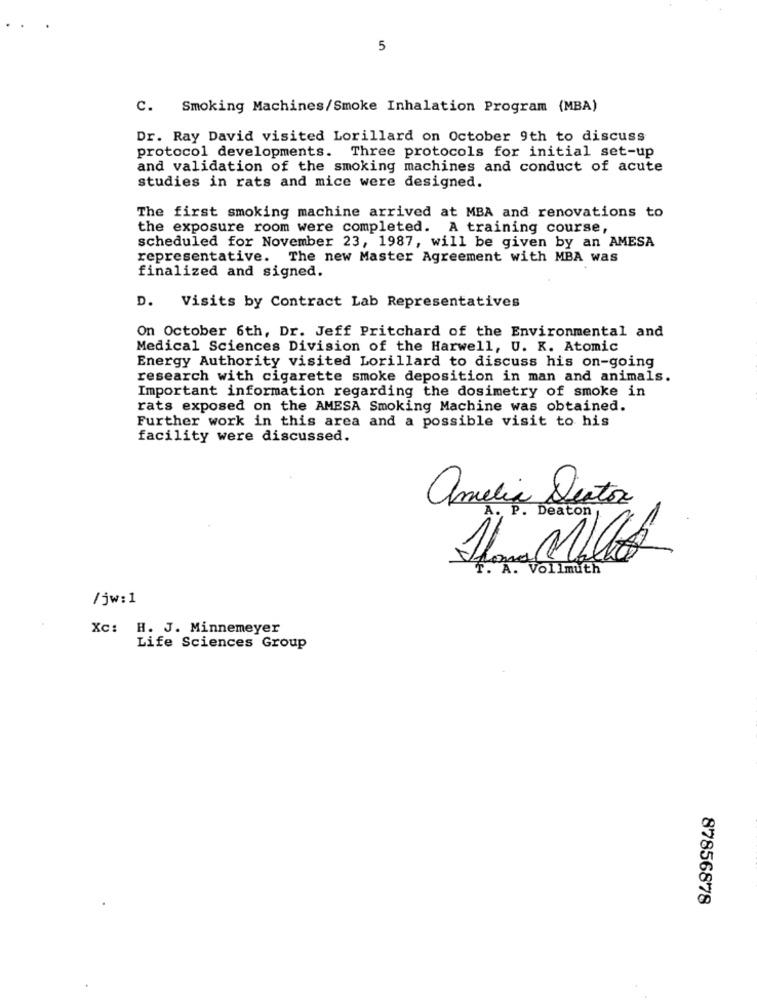
5
C. Smoking Machines/Smoke Inhalation Program (MBA)
Dr. Ray David visited Lorillard on October 9th to discuss
protocol developments. Three protocols for initial set-up
and validation of the smoking machines and conduct of acute
studies in rats and mice were designed.
The first smoking machine arrived at MBA and renovations to
the exposure room were completed. A training course,
scheduled for November 23, 1987, will be given by an AMESA
representative. The new Master Agreement with MBA was
finalized and signed.
D. Visits by Contract Lab Representatives
On October 6th, Dr. Jeff Pritchard of the Environmental and
Medical Sciences Division of the Harwell, U. K. Atomic
Energy Authority visited Lorillard to discuss his on-going
research with cigarette smoke deposition in man and animals.
Important information regarding the dosimetry of smoke in
rats exposed on the AMESA Smoking Machine was obtained.
Further work in this area and a possible visit to his
facility were discussed.
amelia Destor
. Deaton
"A. Vollmuth
/jw:1
Xc: H. J. Minnemeyer
Life Sciences Group
87856878